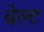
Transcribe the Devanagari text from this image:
बेल्‍ट